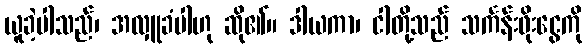
ယူခဲ့ပါသည်၊ အလှူခံပါဟု ဆို၏။ ဒါယကာ၊ ငါတို့သည် သင်္ကန်းဖိုးငွေကို